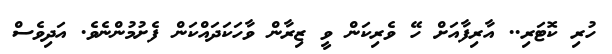
ހުރި ކޮޓަރި.. އާރިފާއަށް ހޭ ވެރިކަން ވީ ޒިރާން ވާހަކަދައްކަން ފެށުމުންނެވެ. އަދިވެސް